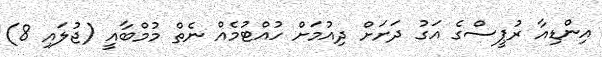
އިންޑިއާ ރުޕީސްގެ އަގު ދަށަށް ދިއުމަށް ހުއްޓުމެއް ނެތް މުމްބާއީ (ޖުލައި 8)